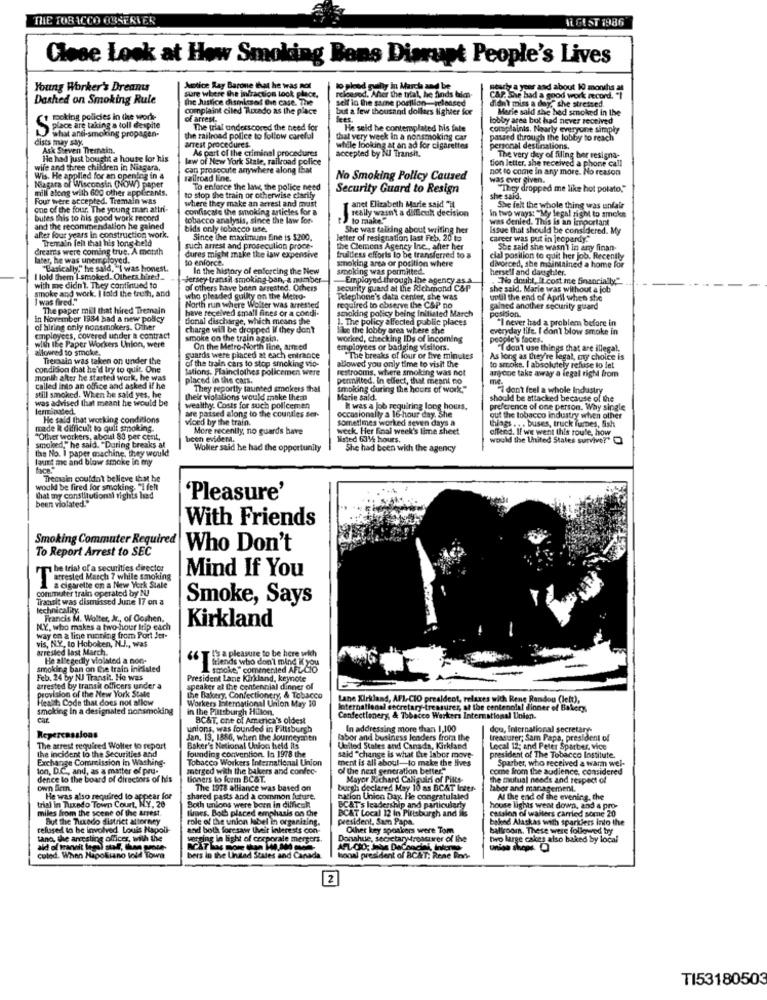
THE TOBACCO OBSERVER
IL GAST 1986
Close Look at How Smoking Bons Disrupt People's Lives
Young Worker's Dreants
Astice Ray Barone that he was not
released. Mer the trial, he finds tale-
fly in March and be
trhy a year and about 10 months at
Dashed on Smoking Rule
sure where the infraction took place.
the Justice dismissed fin case. The
self in the same position-released
CAP. She had a good work record. "I
didn't miss a day," she stressed
complaint ciled Autado as the place
but a few thousand dollars fighter for
Marie said she hed smoked in the
poking policies in the worle-
of arrest.
fees.
lobby area bot had never received
place are taking a toll despite
what anti-smoking propagen-
The trial underscored the need for
He seld he contemplated his fate
complaints. Nearly everyune simply
dists may say.
the railroad police to follow careful
thal very week In a nonsmoking car
passed through the lobby to reach
Ask Steven Themain.
arrest procedures.
As part of the criminal procedures
while looking at an ad for cigarettes
accepted by Nul Transit.
personal destinations.
He had just bought a house for his
law of New York Stale, railroad police
tion letter, she received a phone call
The very day of filing ber resigna-
wife and three children in Niagara,
can prosecute anywhere along that
not to come in any more. No reason
Wis. He applied for an opening in a
railroad line.
No Smoking Policy Caused
was ever given.
mill along with 600 other applicants.
Niagara of Wisconsin (NOW) paper
To enforce the law, the police need
Security Guard to Resign
"They dropped me like hot potato,"
Four were accepted. Tremain was
where they make an arrest and mast
to stop the train or otherwise clarify
she said,
one of the four, The young man attri-
confiscate the smoking articles for a
really wasn't a difficult decision
anet Elizabeth Marie said "i
In two ways: "My legal right to smoke
She felt the whole thing was unfair
butes this to his good work record
tobacco analysis, since the law for-
to make"
was denied. This is an important
and the recommendation he gained
bids only tobacco use.
She was talking about writing her
Issue that should be considered. My
after four years in construction work.
Tremain felt that his long held
Since the maximum Eine is $200.
letter of resignation last Feb, 20 to
career was put in jeopardy."
dream's were coming true, A month
such arrest and prosecution proce-
the Clemens Agency Ine ., after her
She said she wasn't in any finan-
later, he was unemployed.
dures might make the law expensive
to enforce.
smoking area or position where
fruitless efforts to be transferred to s
cial position to quit her job. Recently
"Basically," he said, "I was honest.
In the history of enforcing the New
smoking was permitted.
divorced, she maintained a home for
hersell and daughter.
I told them I smoked. Others hired ..
Jersey transil smoking ban, a number
-Employed through the agency as a
.No doubt, It cost me financially,"
with me didn't. They continued to
smoke and work. I told the truth, and
of others have been arrested. Others
scourity guard at the Richmond C&P
she said. Marie was without a job
I was fired."
who pleaded guilty on the Metro-
Telephone's data center, she was
until the end of April when she
The paper mill that hired Tremain
North run where Wolter was arrested
have received small fines or a condi-
required to observe the C&P no
smoking policy being initiated March
gained another security guard
position.
in November 1984 had a new policy
Bonal discharge, which means the
1. The policy affected public places
"I never had a problem before in
of hiring only nonsmokers. Other
charge will be dropped If they don't
like the lobby area where she
everyday life. I don't blow smoke in
employees, covered under a contract
smoke on the train again.
worked, checking IDs of incoming
people's faces.
with the Paper Workers Union, were
allowed to smoke,
On the Metro-North line, amied
employees or badging visitors.
"I don't use things that are illegal,
Tremain was taken on under the
guards were placed at each enfrance
of the train cars to stop smoking vio-
bowed you only time to visit the
"The breaks of four or five minutes
As long as they're legal, my choice is
condition that he'd try to quit, One
Sations, Plainclothes policemen were
restroomis, where smoking was not
to smoke. I absolutely refuse to let
anyone take away a legal right from
month after he started work, he was
placed in the cars.
permitted, In effect, that meant no
mě
called into an office and asked if he
They reportty taunted smokers that
smoking during the hours of work,""
I don't feel a whole Industry
still smoked. When he said yes, he
was advised that meant he would be
their violations would make them
Marie sald.
should be attacked because of the
terminated.
wealthy. Costs for such policemen
It was a job requiring long hours.
preference of one person. Why single
He said that working conditions
are passed along to the countles ser-
viced by the train.
sometimes worked seven days a
occasionally a 16-hour day, She
out the tobacco industry when other
things .. . buses, truck fumes, fish
made R difficult to quit smoking.
More recently, no guards have
week. Her final week's time sheet
offend. If we went this roule, how
"Oftver workers, aboul 80 per cent,
been evident.
listed 6314 hours.
would the United States survive?"
smoked," he said. "During breaks at
the No. 1 paper machine, they would
Wolter said he had the opportunity
She had been with the agency
laut me and blow smoke in my
Themain couldn't believe that he
would be fired for smoking. "I felt
that my constitutionsi rights hed
been violated."
'Pleasure'
With Friends
Smoking Commuter Required
To Report Arrest to SEC
Who Don't
be trial of a securities director
Mind If You
arrested March 7 while smoking
commuter train operated by NUJ
a cigarette on a New York Stale
Transit was dismissed June 17 on a
Smoke, Says
technicality.
Francis M. Wolter, Jr ., of Ooshen.
MY, who makes a two-hour Irip each
Kirkland
way on a line running from Port Jet-
vis, N.Y, to Hoboken, N.J ., was
arrested last March.
He allegedly violated a non-
TEa pleasure to be here with
smoking ban on the train inicisted
friends who don't mind if you
smoke," commented AFL-Cio
ented AFL Co
Feb. 24 by NJ Transit. He was
President Lane Kirkland, keynote
arrested by transit officers under a
provision of the New York State
speaker al the centennial dinner of
Healit. Code that does not allow
Workers International Union May 10
the Bakery, Confectionery, & Tobacco
Lane Kirkland, AFL-CIO prealdent, relaxes with Rene Randou (lett),
smoking In a designated nonsmoking
in the Putsburgh Hilton.
laternational secretary-treasurer, at the centenolal dinner of Bakery,
cat
BC&T, one of America's oldest
Confectionery, & Tobacco Werkers International Union.
unions, was founded in Pittsburgh
In addressing more than 1,100
dou, International secretary-
Repercussions
Jan. 13, 1886, when the Journeyanen
labor and business lenders from the
treasurer; Sam Papa, president of
the incident to the Securities and
The arrest required Wolter to report
founding convention In 1978 the
Baker's National Union held its
United States and Canada, Kirkland
Local 12; and Peter Sparber, vice
Exchange Commission in Washing-
Tobacco Workers International Union
ment is all about-to make the lives
said "change is what Lie labor move-
president of The Tobacco Institute.
Sparber, who received a warm wel-
ton, D.C ., and, as a matter of pru-
merged with the bakers and confec-
of the next generation better"
come from the audience, considered
dence to the board of directors of his
tioners to form BC&T.
Mayor Richard Caliguiri of Pitts-
the mutual needs and respect of
own Sein.
The 1918 alliance was based on
burgh declared May 10 as BCAT Inter-
labor and management.
trial in Tuxedo Town Court, NY, 20
He was also required to appear for
shared pasts and a common future.
tation Unico Day. He congratulaled
At the end of the evening, the
miles from the scene of the arrest
Both unions were born in difficult
limes. Both placed emphasis on the
BC&T Local 12 in Pittsburgh and ils
BC&T's leadership and particularly
house lights went down, and a pro-
cassion of waiters carried some 20
But the Ticcedo district attorney
role of the union label in organizing.
president, Samt Papa.
balend Alaskas with sparklers into the
celuised lo be involved. Louis Napoli-
and both foresaw their interests con-
Other key spoakers were Tom
ballroom. These were followed by
tano, the arresting officer, with the
warring in light of corporale mergers.
Donahue, secretarytreattirer of the
two large cakes also baked by local
aid of tranet legal stal, then prote-
Culed. When Napolitano told Towa
bers in the United States and Canada
honal president of BC&T; Rene Ron-
2
TI53180503